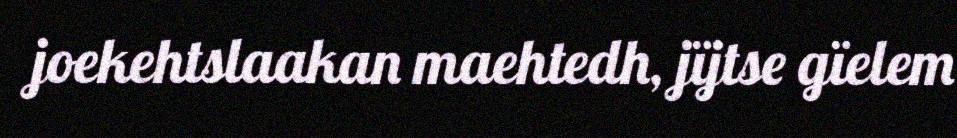
joekehtslaakan maehtedh, jïjtse gïelem